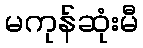
မကုန်ဆုံးမီ